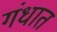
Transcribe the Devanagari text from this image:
गंधात